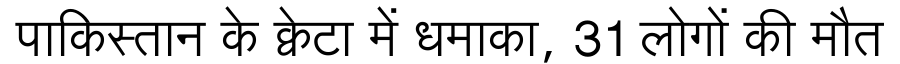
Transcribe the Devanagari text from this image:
पाकिस्तान के क्वेटा में धमाका, 31 लोगों की मौत